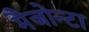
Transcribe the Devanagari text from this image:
मैजोन्टा